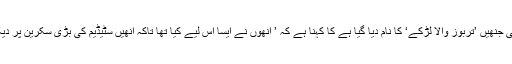
میچل شیبیکی جنھیں ’تربوز والا لڑکے‘ کا نام دیا گیا ہے کا کہنا ہے کہ ’ انھوں نے ایسا اس لیے کیا تھا تاکہ انھیں سٹیڈیم کی بڑی سکرین پر دیکھایا جائے۔